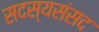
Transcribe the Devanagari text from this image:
सदस्यसंसद